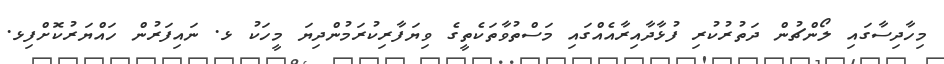
މިހާދިސާގައި ލޯންޗުން ދަތުރުކުރި ފުޅާދާއިރާއެއްގައި މަސްތުވާތަކެތީގެ ވިޔަފާރިކުރަމުންދިޔަ މީހަކު ޅ. ނައިފަރުން ހައްޔަރުކޮށްފިޅ.